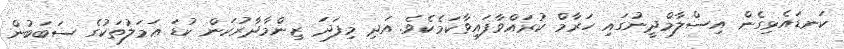
ކަނޑައެޅިގެން އިސްލާމްދީނުގައި ހަރާމް ކުރައްވާފައިވާކަމެކެވެ. އަދި މިފަދަ ޒިންމާދާރުކަން ކުޑަ ޢަމަލުތަކުގެ ސަބަބުން